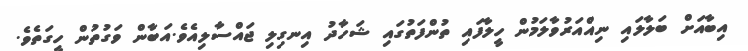
އިބާއަށް ބަލާލައި ނިއްއަރުވާލަމުން ހީލާފައި ތުންފަތުގައި ޝަހާދު އިނގިލި ޖައްސާލިއެވެ.އަބާން ވަގުތުން ހީގަތެވެ.